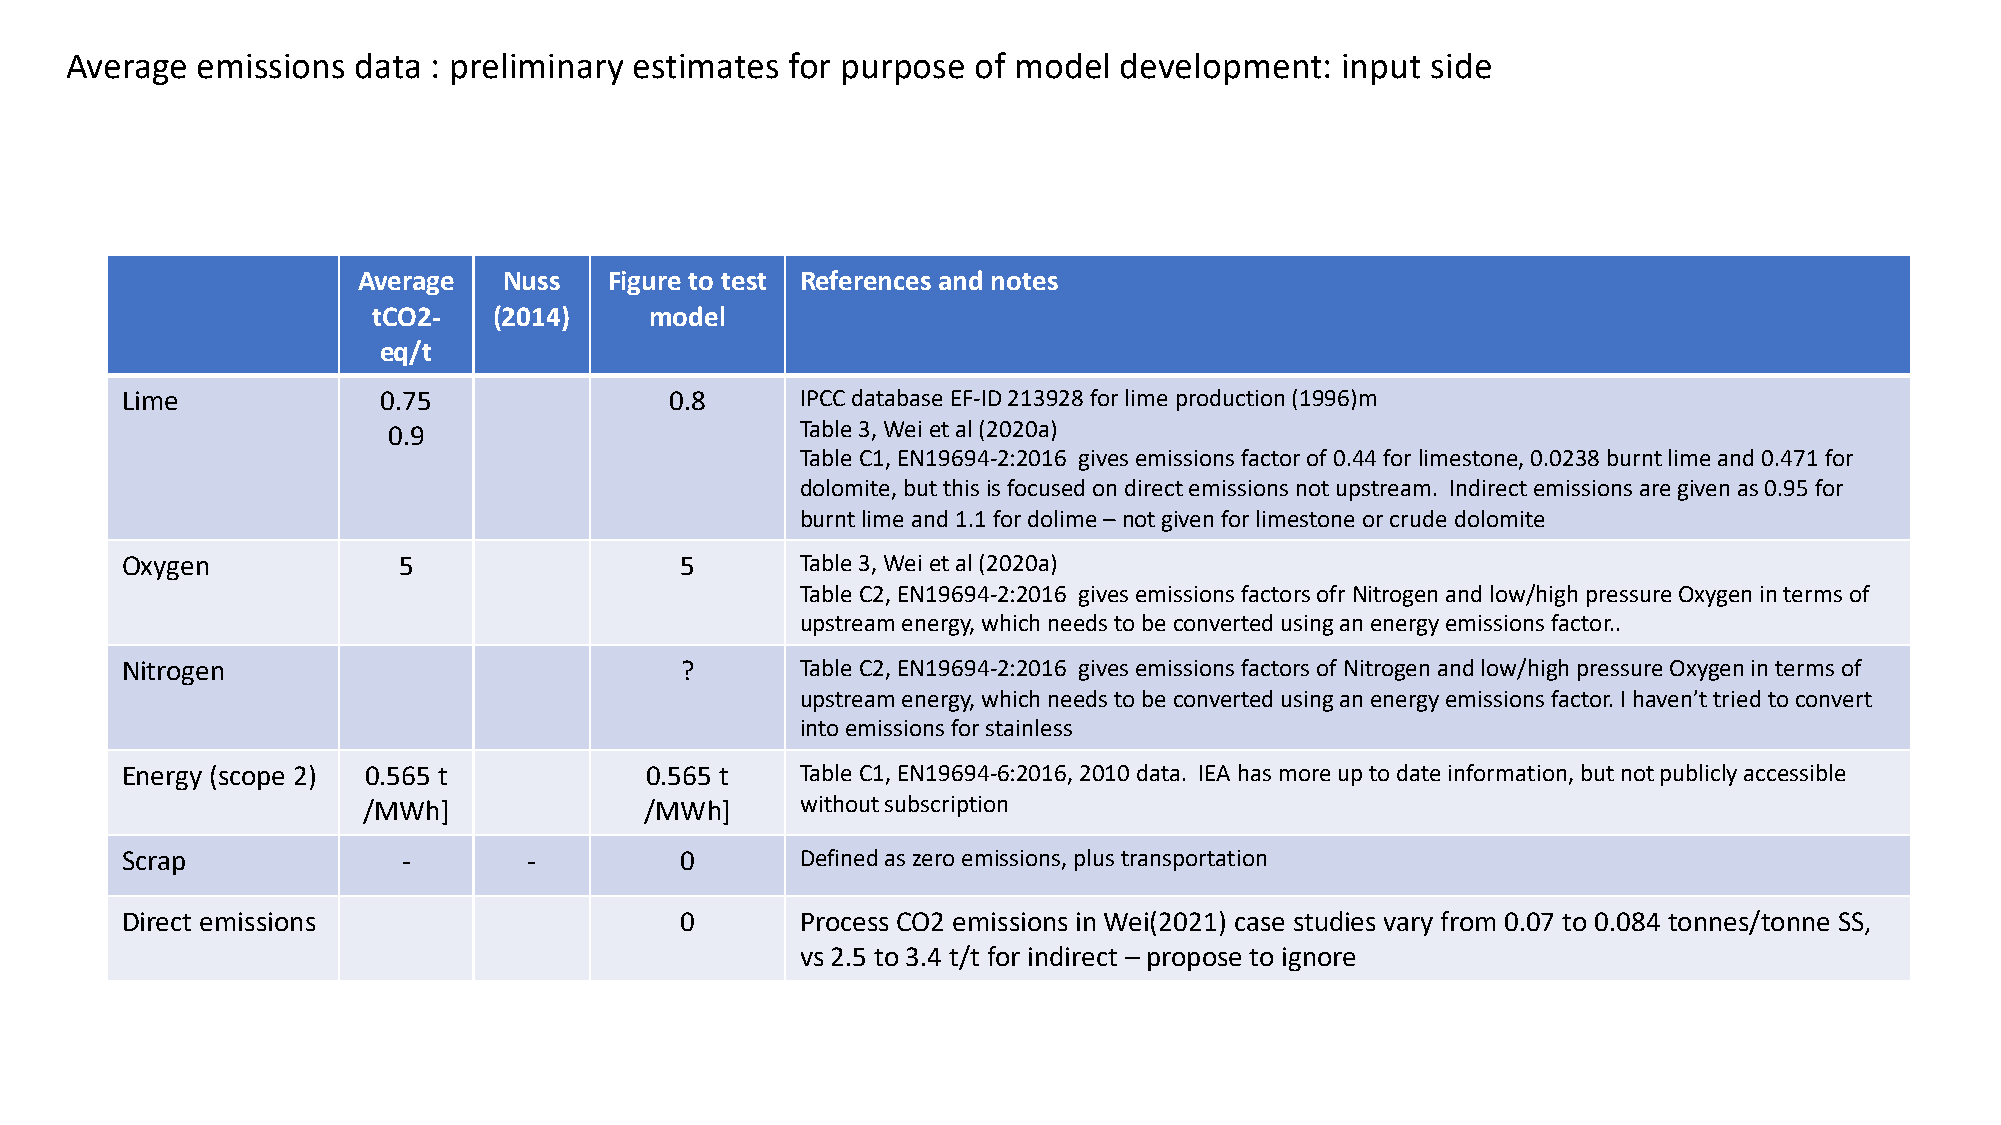
Average  emissions  data : preliminary estimates for purpose of model development:   input side
 Average  Nuss   Figure to test References and notes
 tCO2-   (2014)    model
 eq/t
 Lime             0.75               0.8      IPCC database EF-ID 213928 for lime production (1996)m
 0.9                        Table 3, Wei et al (2020a)
 Table C1, EN19694-2:2016 gives emissions factor of 0.44 for limestone, 0.0238 burnt lime and 0.471 for
 dolomite, but this is focused on direct emissions not upstream. Indirect emissions are given as 0.95 for
 burnt lime and 1.1 for dolime–not given for limestone or crude dolomite
 Oxygen            5                  5       Table 3, Wei et al (2020a)
 Table C2, EN19694-2:2016 gives emissions factors ofrNitrogen and low/high pressure Oxygen in terms of
 upstream energy, which needs to be converted using an energy emissions factor..
 Nitrogen                             ?       Table C2, EN19694-2:2016 gives emissions factors of Nitrogen and low/high pressure Oxygen in terms of
 upstream energy, which needs to be converted using an energy emissions factor. I haven’t tried to convert
 into emissions for stainless
 Energy (scope 2) 0.565 t           0.565 t   Table C1, EN19694-6:2016, 2010 data. IEA has more up to date information, but not publicly accessible
 /MWh]              /MWh]     without subscription
 Scrap              -       -         0       Defined as zero emissions, plus transportation
 Direct emissions                     0       Process CO2 emissions in Wei(2021) case studies vary from 0.07 to 0.084 tonnes/tonne SS,
 vs 2.5 to 3.4 t/t for indirect – propose to ignore